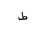
Letter: _da